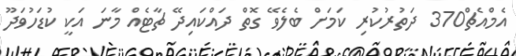
އެމްއެޗް370 ދަތުރުކުރި ކަމަށް ބެލެވޭ ގޮތް ދައްކައިދޭ ޗާޓެއް މާނަ އަކީ ކުޑަހުވަދޫ